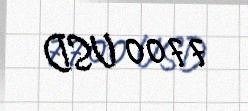
7700 USD